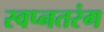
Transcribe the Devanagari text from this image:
स्वप्नतरंग